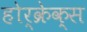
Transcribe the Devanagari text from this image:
होर्क्रेक्स